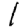
Digit: 1